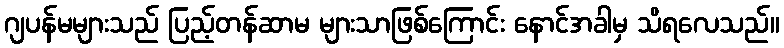
ဂျပန်မများသည် ပြည့်တန်ဆာမ များသာဖြစ်ကြောင်း နောင်အခါမှ သိရလေသည်။